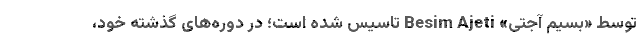
توسط «بسیم آجتی» Besim Ajeti تاسیس شده است؛ در دوره‌های گذشته خود،